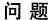
问题